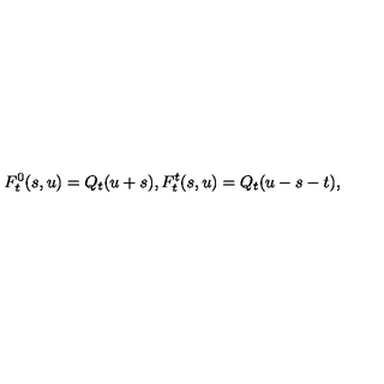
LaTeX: F _ { t } ^ { 0 } ( s , u ) = Q _ { t } ( u + s ) , F _ { t } ^ { t } ( s , u ) = Q _ { t } ( u - s - t ) ,